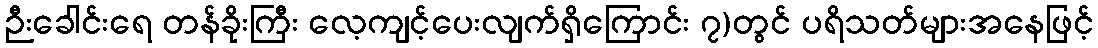
ဉီးခေါင်းရေ တန်ခိုးကြီး လေ့ကျင့်ပေးလျက်ရှိကြောင်း ၇)တွင် ပရိသတ်များအနေဖြင့်